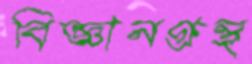
বিজ্ঞানগ্রন্থ